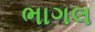
ભાગલ